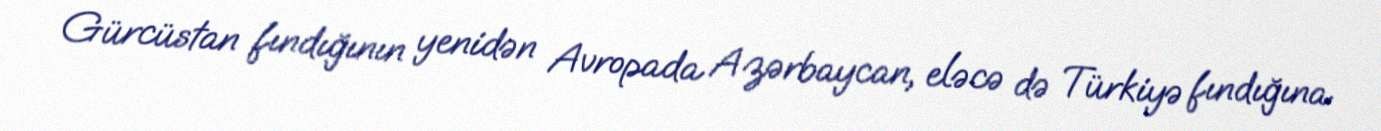
Gürcüstan fındığının yenidən Avropada Azərbaycan, eləcə də Türkiyə fındığına